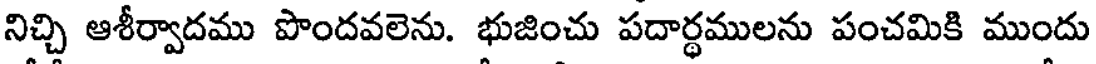
నిచ్చి ఆశీర్వాదము పొందవలెను. భుజించు పదార్థములను పంచమికి ముందు